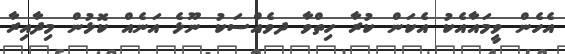
އެހެން ވީމައާއެކު އެކަން ކުރާ ހިތްވާ ދވެއްސަކު ނޫޅެ އަނެއް ކޮޅުން މިދާއިރާ